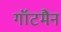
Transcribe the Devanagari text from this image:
गॉटमैन